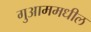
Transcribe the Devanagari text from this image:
गुआममधील